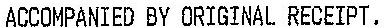
ACCOMPANIED BY ORIGINAL RECEIPT.